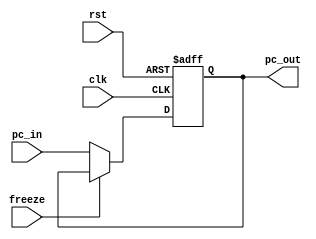
module PC (
  input             clk,
  input             rst,
  
  input [31:0]      pc_in,
  
  // Hazard Detection Unit
  input             freeze,
  
  output reg [31:0] pc_out
  );
  
  always @ (posedge clk, posedge rst) begin
    if (rst) pc_out <= 32'b0;
    else begin
      if (freeze) pc_out <= pc_out;
      else pc_out <= pc_in;
    end
  end

endmodule